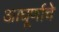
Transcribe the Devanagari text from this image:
आघूर्णाचे